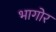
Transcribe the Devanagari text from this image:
भागोर